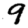
Digit: 9